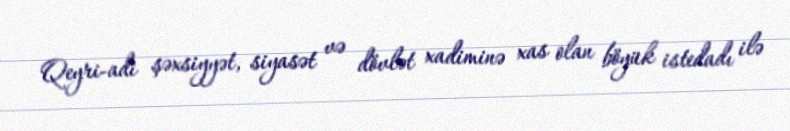
Qeyri-adi şəxsiyyət, siyasət və dövlət xadiminə xas olan böyük istedadı ilə